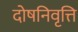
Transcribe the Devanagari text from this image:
दोषनिवृत्ति